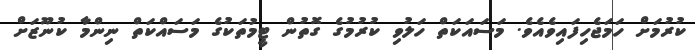
ކުރުމަށް ހަމަޖެހިފައިވެއެވެ. މަސައަކަތް ހަލުވި ކުރުމުގެ ގޮތުން ޓީމުތަކުގެ މަސައްކަތް ނިންމާ ކުނޫޒަށް